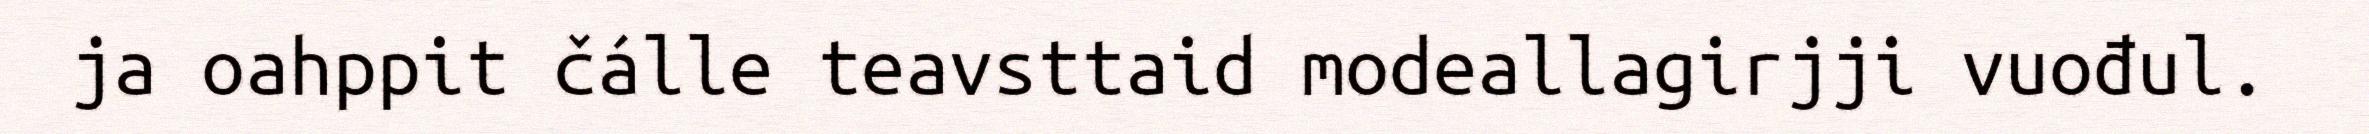
ja oahppit čálle teavsttaid modeallagirjji vuođul.